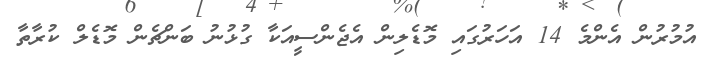
އުމުރުން އެންމެ 14 އަހަރުގައި މޮޑެލިން އެޖެންސީއަކާ ގުޅުނު ބަންޗެން މޮޑެލް ކުރާތާ